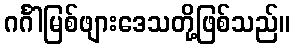
ဂင်္ဂါမြစ်ဖျားဒေသတို့ဖြစ်သည်။